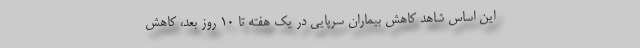
این اساس شاهد کاهش بیماران سرپایی در یک هفته تا 10 روز بعد، کاهش